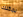
يمكنك